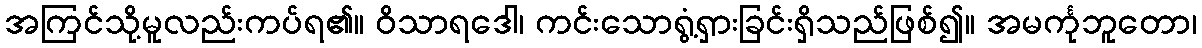
အကြင်သို့မူလည်းကပ်ရ၏။ ဝိသာရဒေါ၊ ကင်းသောရွံ့ရှားခြင်းရှိသည်ဖြစ်၍။ အမင်္ကုဘူတော၊